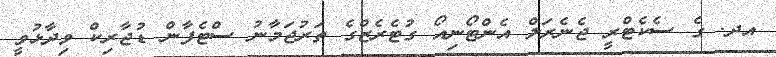
އދ. ގެ ސެކެޓްރީ ޖެނެރަލް އެންޓޯނިއޯ ގުޓެރެޒްގެ ތަރުޖަމާނު ސްޓެފާން ޑުޖާރިކް ވިދާޅުވީ